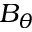
B _ { \theta }